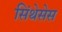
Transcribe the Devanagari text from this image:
सिंथेसेस